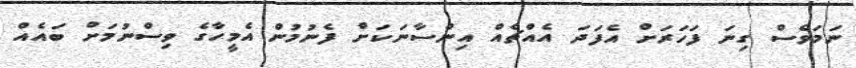
ނަމަވެސް ގިނަ ފަހަރަށް އެފަދަ އެއްޗެއް އިންސާނަކަށް ފެނުމުން އެމީހާގެ ވިސްނުމަށް ބައެއް